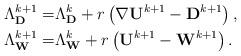
LaTeX: \begin{align*}\Lambda_{\mathbf{D}}^{k+1}=&\Lambda_{\mathbf{D}}^{k}+r\left(\nabla \mathbf{U}^{k+1}-\mathbf{D}^{k+1}\right),\\\Lambda_{\mathbf{W}}^{k+1}=&\Lambda_{\mathbf{W}}^{k}+r\left(\mathbf{U}^{k+1}-\mathbf{W}^{k+1}\right).\end{align*}